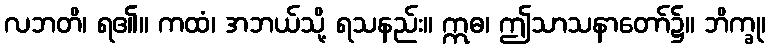
လဘတိ၊ ရ၏။ ကထံ၊ အဘယ်သို့ ရသနည်း။ ဣဓ၊ ဤသာသနာတော်၌။ ဘိက္ခု၊